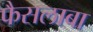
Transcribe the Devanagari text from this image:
फैसलाबा